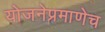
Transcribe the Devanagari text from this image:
योजनेप्रमाणेच